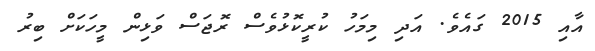
އާއި 2015 ގައެވެ. އަދި މިމަހު ކުރީކޮޅުވެސް ރޮޖަސް ވަޅިން މީހަކަށް ބިރު